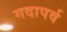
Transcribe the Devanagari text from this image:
गदापर्व